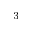
^ { - 3 }